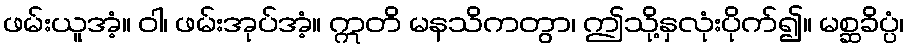
ဖမ်းယူအံ့။ ဝါ၊ ဖမ်းအုပ်အံ့။ ဣတိ မနသိကတွာ၊ ဤသို့နှလုံးပိုက်၍။ မစ္ဆခိပ္ပံ၊